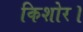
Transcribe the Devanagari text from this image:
किशोर।